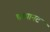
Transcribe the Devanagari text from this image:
छायानट